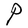
Character: P